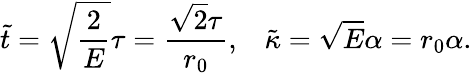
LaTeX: \tilde{t}=\sqrt{\frac{2}{E}}\tau=\frac{\sqrt{2}\tau}{r_{0}},\; \; \; \tilde{\kappa}=\sqrt{E}\alpha=r_{0}\alpha.